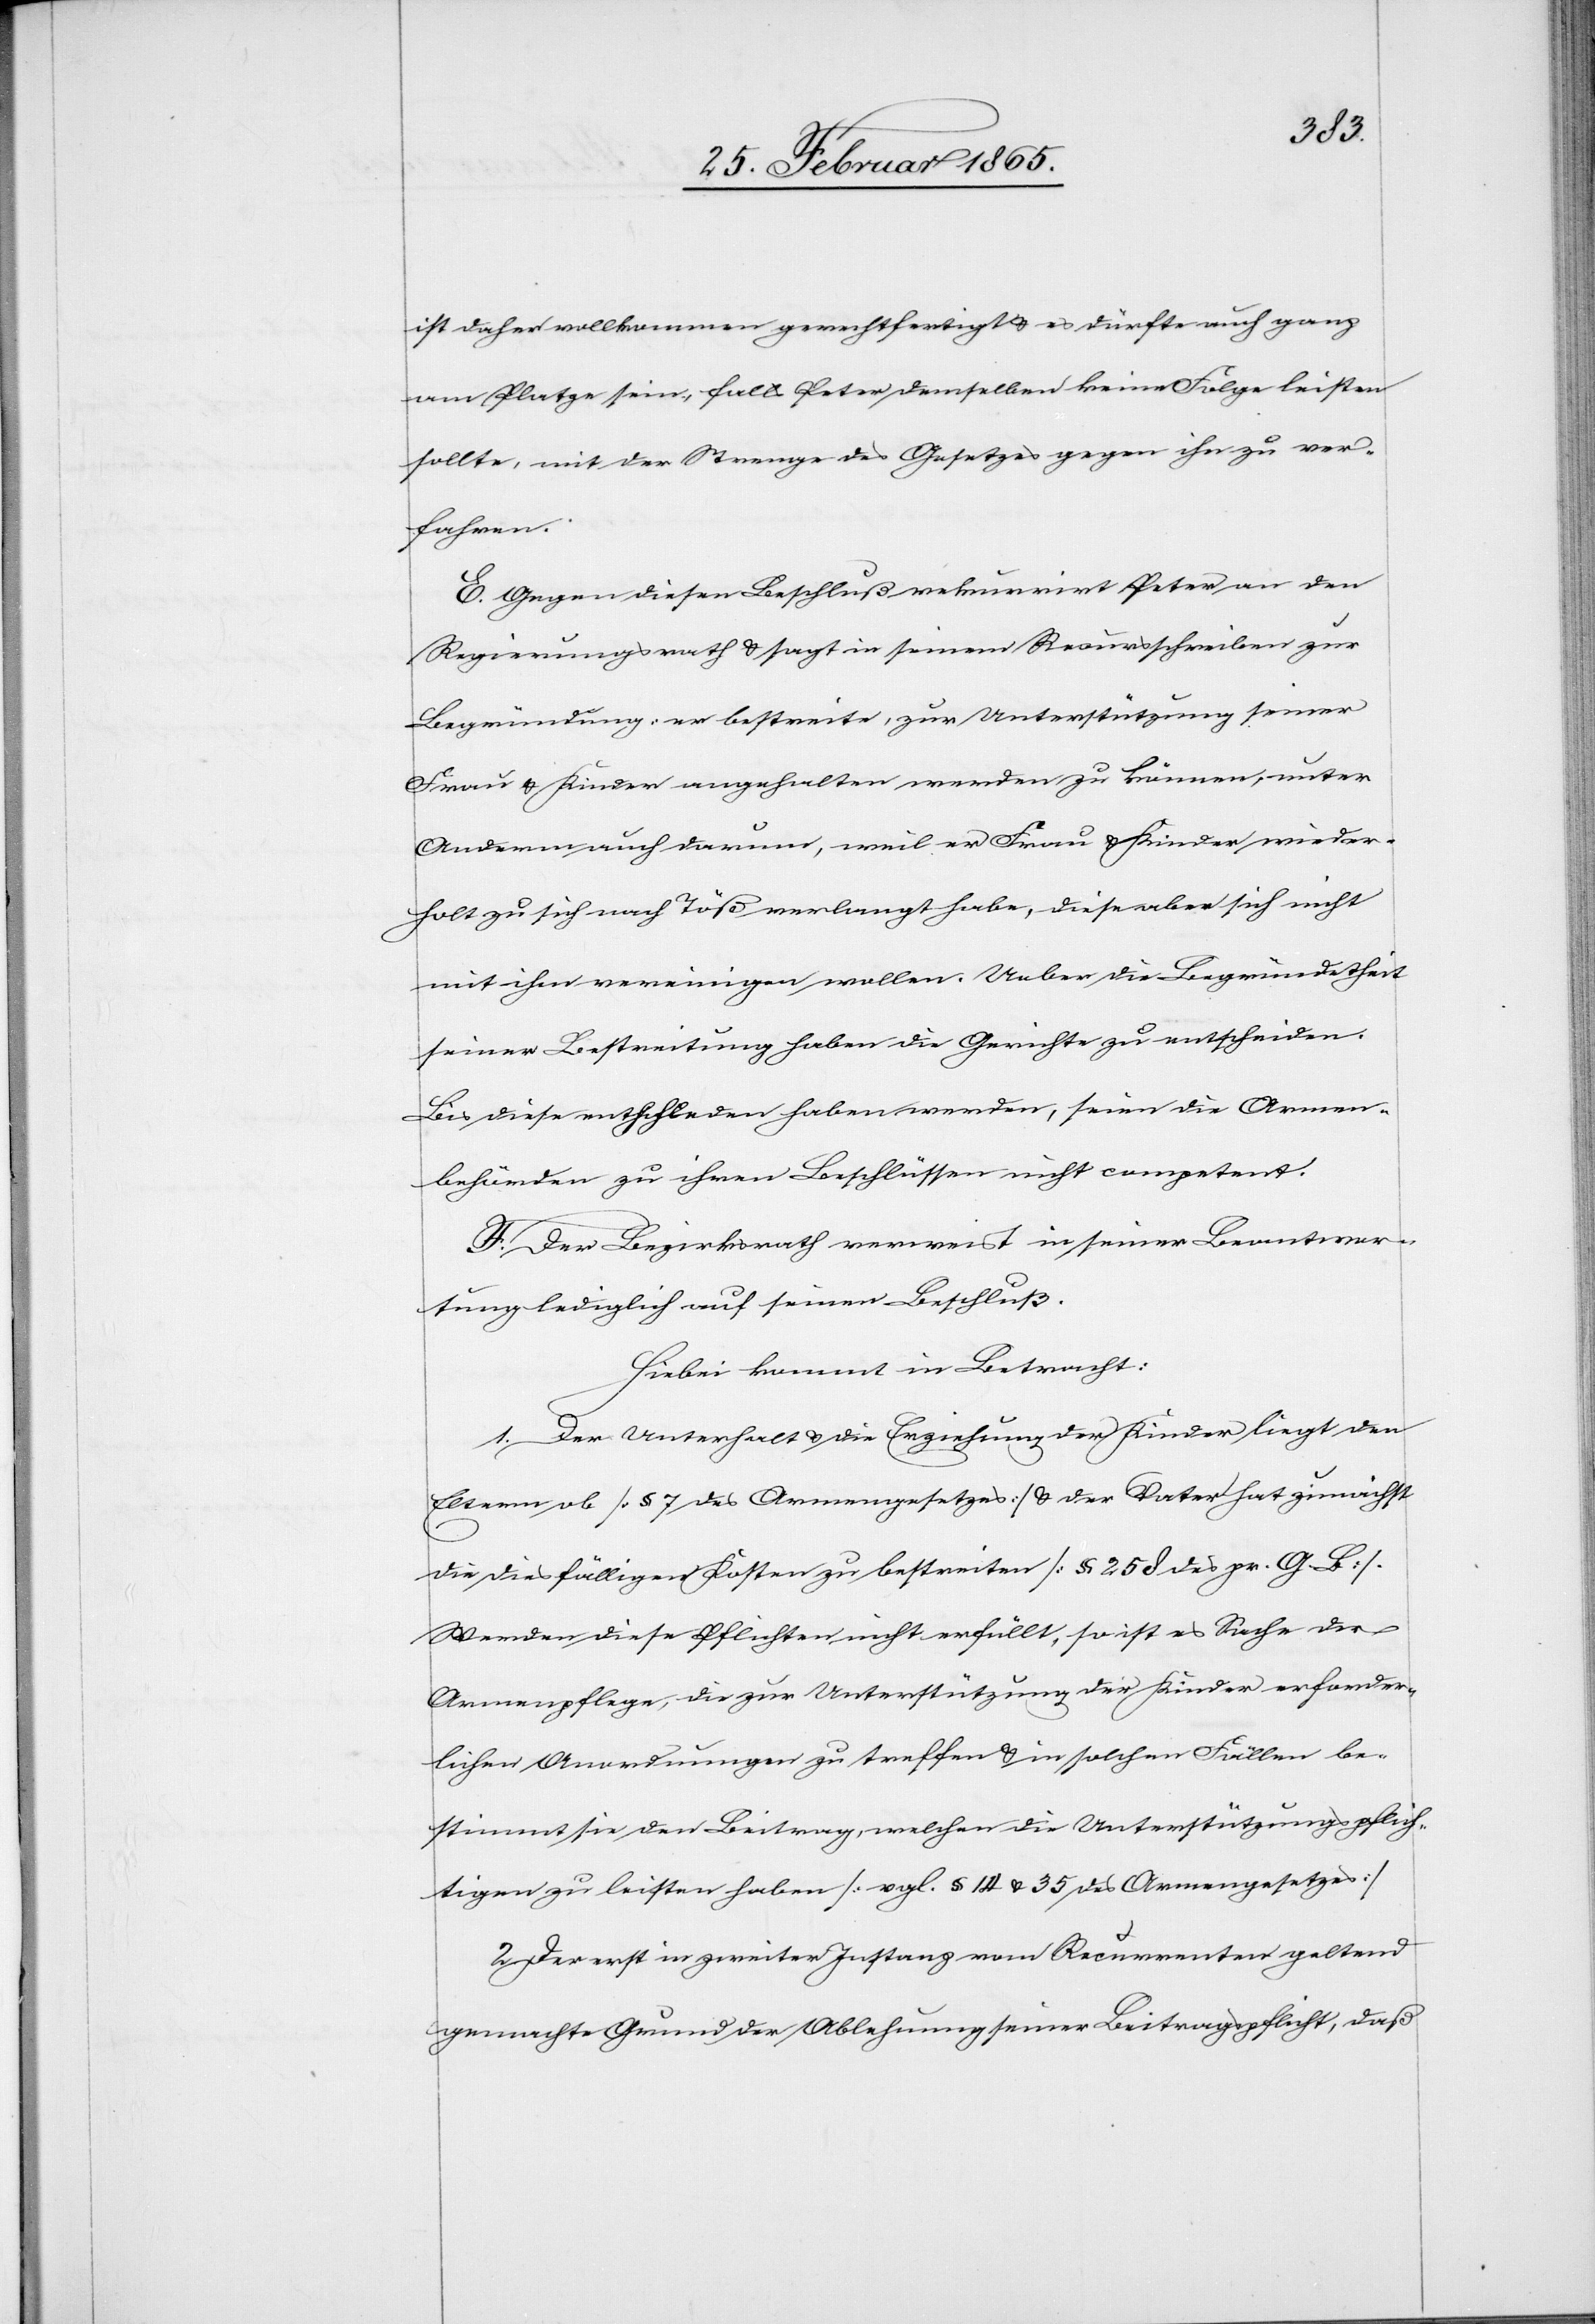
ist daher vollkommen gerechtfertigt u. es dürfte auch ganz
am Platze sein, falls Peter demselben keine Folge leisten
sollte, mit der Strenge des Gesetzes gegen ihn zu ver¬
fahren.
E. Gegen diesen Beschluß rekurrirt Peter an den
Regierungsrath u. sagt in seinem Recursschreiben zur
Begründung: er bestreite, zur Unterstützung seiner
Frau u. Kinder angehalten werden zu können, unter
Anderm auch darum, weil er Frau u. Kinder wieder¬
holt zu sich nach Töß verlangt habe, diese aber sich nicht
mit ihm vereinigen wollen. Ueber die Begründetheit
seiner Bestreitung haben die Gerichte zu entscheiden.
Bis diese entschieden haben werden, seien die Armen¬
behörden zu ihren Beschlüssen nicht competent.
F. Der Bezirksrath verweist in seiner Beantwor¬
tung lediglich auf seinen Beschluß.
Hiebei kommt in Betracht:
1. Der Unterhalt u. die Erziehung der Kinder liegt den
Eltern ob [§ 7 des Armengesetzes] u. der Vater hat zunächst
die diesfälligen Kosten zu bestreiten [§ 258 des pr. G. B].
Werden diese Pflichten nicht erfüllt, so ist es Sache der
Armenpflege, die zur Unterstützung der Kinder erforder¬
lichen Anwendungen zu treffen u. in solchen Fällen be¬
stimmt sie den Beitrag, welchen die Unterstützungspflich¬
tigen zu leisten haben [vgl. § 14 u. 35 des Armengesetzes]
2. Der erst in zweiter Instanz vom Recurrenten geltend
gemachte Grund der Ablehnung seiner Beitragspflicht, daß